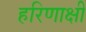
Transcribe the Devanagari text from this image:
हरिणाक्षी